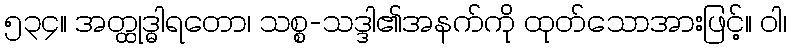
၅၃၄။ အတ္ထုဒ္ဓါရတော၊ သစ္စ-သဒ္ဒါ၏အနက်ကို ထုတ်သောအားဖြင့်။ ဝါ၊